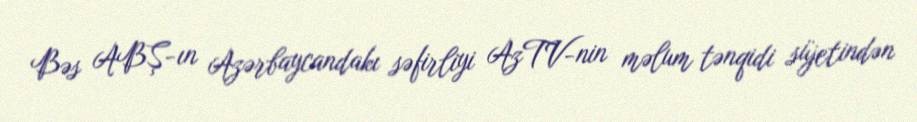
Bəs ABŞ-ın Azərbaycandakı səfirliyi AzTV-nin məlum tənqidi süjetindən